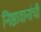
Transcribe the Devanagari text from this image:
निष्ठावानांची